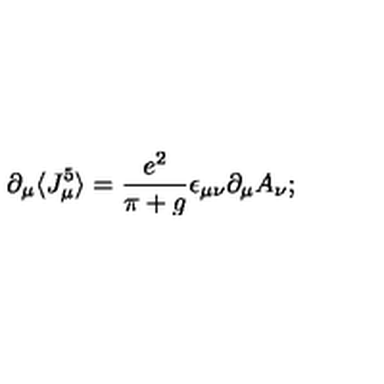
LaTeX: \partial _ { \mu } \langle J _ { \mu } ^ { 5 } \rangle = \frac { e ^ { 2 } } { \pi + g } \epsilon _ { \mu \nu } \partial _ { \mu } A _ { \nu } ;